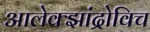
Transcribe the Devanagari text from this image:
आलेक्झांद्रोविच